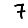
Digit: 7